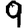
Digit: 9